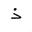
Letter: _thal